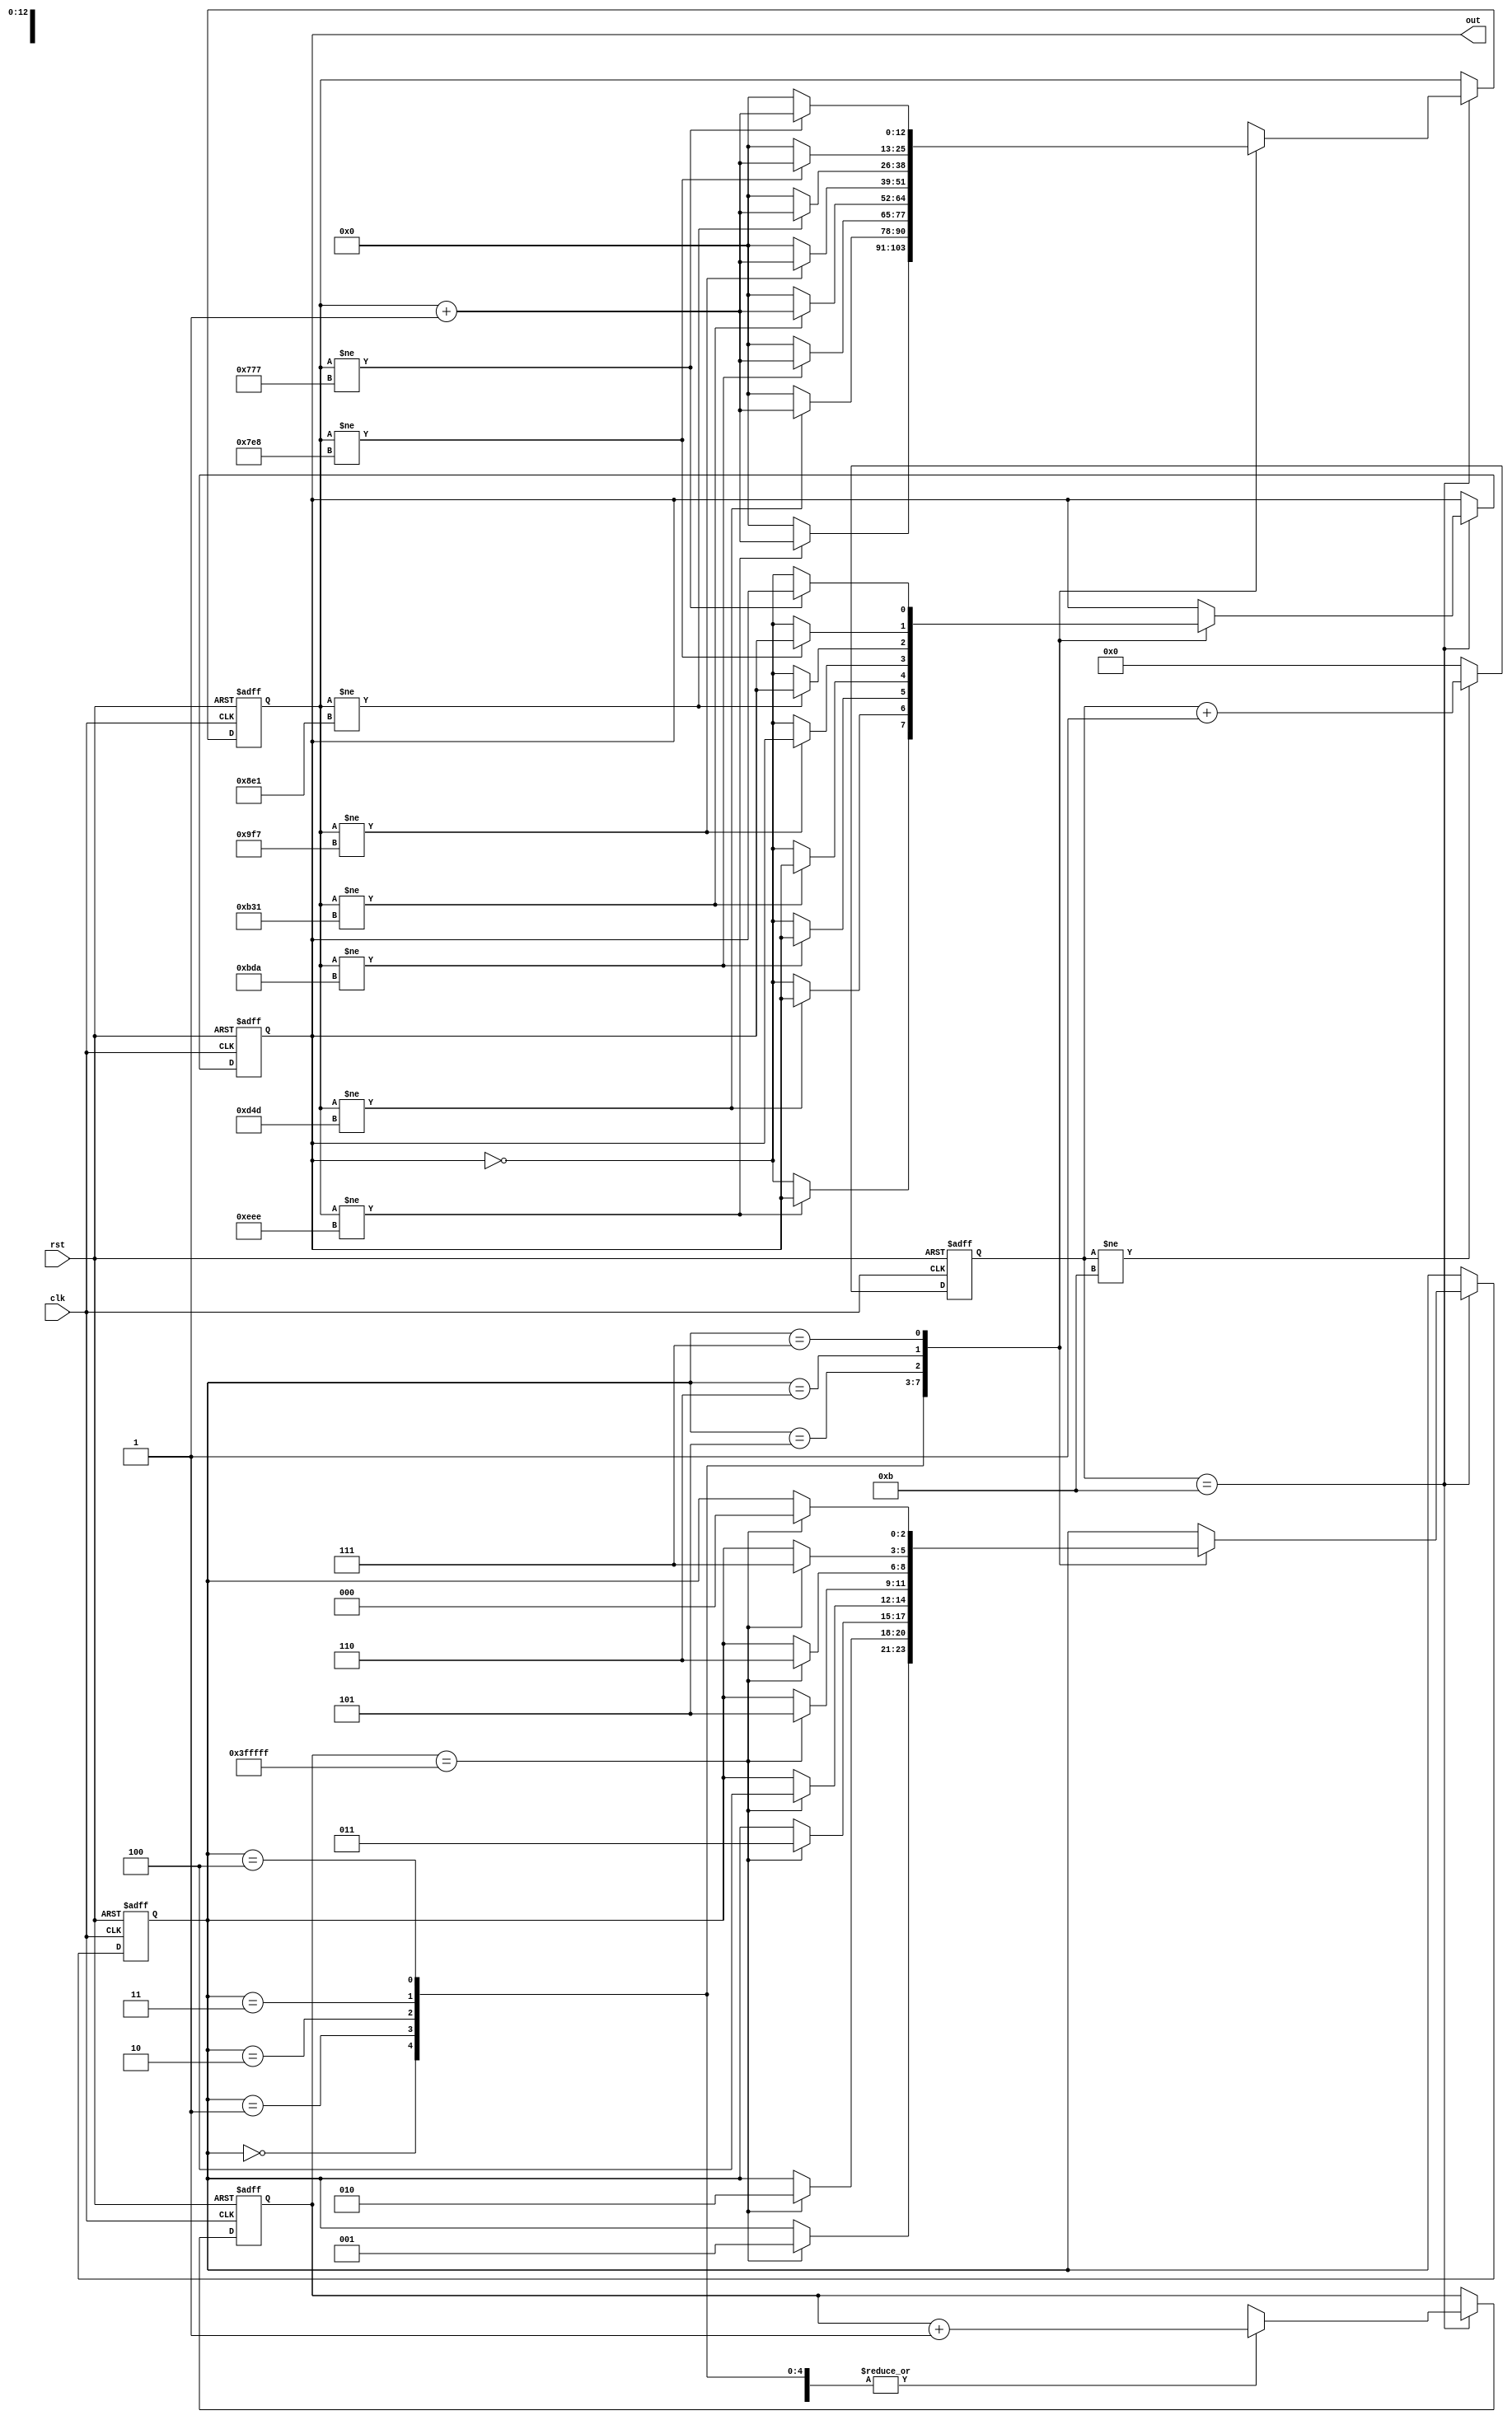


module buzzer(clk,rst,out);

input clk,rst;
output out;
reg out;

reg[3:0] clk_div1; //???????????4M
reg[12:0] clk_div2;//???????????????????
reg[21:0] cnt;//????????????
reg[2:0] state;

parameter   duo=3822,   //?????????
		    lai=3405,
			mi=3034,
			fa=2865,
			suo=2551,
			la=2273,
			xi=2024,
			duo1=1911;


always@(posedge clk or negedge rst)
begin
	if(!rst) begin
		clk_div1<=0;
	 end
	else begin
		if(clk_div1!=11)
			clk_div1<=clk_div1+1;
		else
			clk_div1<=0;
	 end
end

always@(posedge clk or negedge rst)
begin
	if(!rst) begin
		clk_div2<=0;
		state<=0;
		cnt<=0;
		out<=0;
	 end
	else if(clk_div1==11) begin
		case(state)
			3'b000: begin               //????
				cnt<=cnt+1;
				if(cnt==22'h3fffff) 
					state<=3'b001;
				if(clk_div2!=duo)  //+3822
					clk_div2<=clk_div2+1;
				else begin
					clk_div2<=0;
					out<=~out;
				end
			 end
			3'b001: begin				//????
				cnt<=cnt+1;
				if(cnt==22'h3fffff) 
					state<=3'b010;
				if(clk_div2!=lai)
					clk_div2<=clk_div2+1;  //
				else begin
					clk_div2<=0;
					out<=~out;
				end
			 end
			3'b010:begin                //?"??
				cnt<=cnt+1;
				if(cnt==22'h3fffff) 
					state<=3'b011;
				if(clk_div2!=mi)
					clk_div2<=clk_div2+1;
				else begin
					clk_div2<=0;
					out<=~out;
				end
			 end
			3'b011: begin				 //?"??
				cnt<=cnt+1;
				if(cnt==22'h3fffff) 
					state<=3'b100;
				if(clk_div2!=fa)
					clk_div2<=clk_div2+1;
				else begin
					clk_div2<=0;
					out<=~out;
				end
			 end
			3'b100: begin               //?"??   
				cnt<=cnt+1;
				if(cnt==22'h3fffff) 
					state<=3'b101;
				if(clk_div2!=suo)
					clk_div2<=clk_div2+1;
				else begin
					clk_div2<=0;
					out<=~out;
				end
			 end
			3'b101: begin                  //?"??
				cnt<=cnt+1;
				if(cnt==22'h3fffff) 
					state<=3'b110;
				if(clk_div2!=la)
					clk_div2<=clk_div2+1;
				else begin
					clk_div2<=0;
					out<=~out;
				end
			 end
			3'b110: begin                   //?"??
				cnt<=cnt+1;
				if(cnt==22'h3fffff) 
					state<=3'b111;
				if(clk_div2!=xi)
					clk_div2<=clk_div2+1;
				else begin
					clk_div2<=0;
					out<=~out;
				end
			 end
			3'b111: begin                   //?"??????
				cnt<=cnt+1;
				if(cnt==22'h3fffff) 
					state<=3'b000;
				if(clk_div2!=duo1)
					clk_div2<=clk_div2+1;
				else begin
					clk_div2<=0;
					out<=~out;
				end
			 end
		 endcase
	 end
end

endmodule